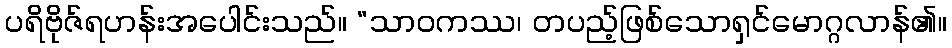
ပရိဗိုဇ်ရဟန်းအပေါင်းသည်။ “သာဝကဿ၊ တပည့်ဖြစ်သောရှင်မောဂ္ဂလာန်၏။